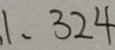
1 、 3 2 4